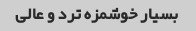
بسیار خوشمزه ترد و عالی